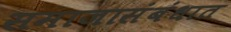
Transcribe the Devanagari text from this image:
समाजासंबंधात